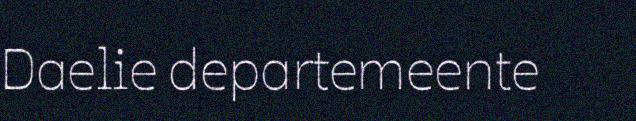
Daelie departemeente